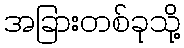
အခြားတစ်ခုသို့